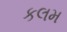
કલમ